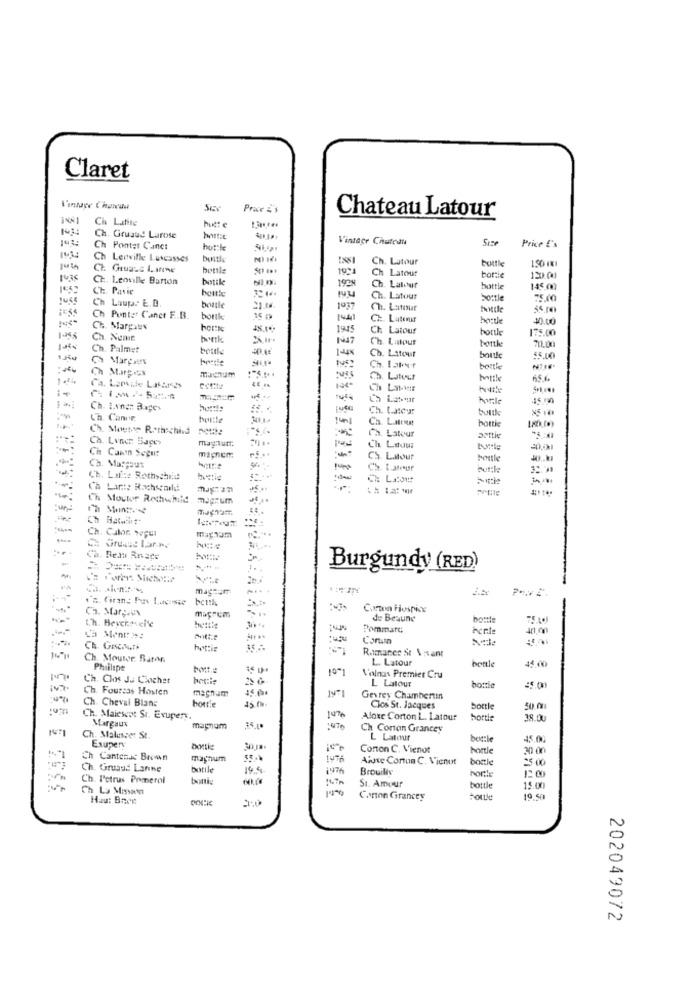
Claret
Prace &'s
Ch Latite
huet e
Chateau Latour
Ch
Gruaud Larose
Vintage Chuteuna
14%
Ch Pontet Canc:
hotele
Price E's
Ch Lenville Luteasses
Ch. Latour
150 ILL
CL
bottle
h Latour
CE. Lenville Barton
1929
boric
CT. Panie
h. Latour
bottle
145.00
Ch
Laupa. E.D.
Ch. Latour
bottle
75.00
poutle
55.mo
Ch Punte: Caner F .. B.
bortk
CA. Laterut
herte
Ch
. Marpaux
1945
Ch Latour
hortle
175.00
Ch. Nenie
burk
Ch
Ch. Latour
hortke
711.00
Ch. Palmet
bottle
1-45
Ch. Latour
bottle
55.00
Ch. Later
bottle
Ch Marpex
Ch. Latour
bottle
65.6
-
Latour
hvile
Ch. 1.vn:# Bages
Ch. Lateur
butik
Ch. Canor,
140g
Ca. Luitout
Ch. Mouton Rothschild
Ch. Lynch Bager
h. Latour
aettie
: Canin Segu:
mignem
h Laoui
20,0
5. L.Mtour
battle
Ch. Marcous
'S. L.ateur
Ch. Lafite Rothschild
-
Ch Lin :: Rachsearle
1h
Moutur Rechwhild
Ch Montese
Ch
Ch Hatart.
-
Ch. Calor wper
magnum
Ca. Real Rnace
Burgundy (RED)
-
.'s. Cirans Fus Lacoste
Ch. Maryi
Carton Hospice
t.h. Bevehavel'e
macrum
de Beaune
bottle
Pommard
L'a Ment: >=
Conun
het:is
R.imance St \;sant
Ch. Mouter. Sator
L. Latour
45.00
Philipe
bort.
10"
bettle
Ch. Clos J. Cachet
Volna Premier Cru
L Latour
147
Ch. Fourzas Hosten
magnum
bonie
Ch. Cheval Blanc
hottie
Gevrey Chambertin
Clos St. Jacques
bottle
Ch. Maiesco: St. Exupery.
Aloxe Corton L. Latour
Sortie
38.00
Margaux
magnum
Ch Corton Grancey
Ch. Maluseet St.
L Latour
bottle
45.00
Exupery
bortis
Conon C. Vienot
hortle
30 00
Ch Cantenac Breven
magnum
Aluxe Conton C. Vienot
boule
25 .00
Ch. Grusud Lanne
botile
1976
Brouilly
Porile
Ch. Petrus Pomerol
bottig
St. Amour
1200
Ch La Mission
bottle
15.00
Hau: Bree
DOCIE
Canon Grancey
19.50
202049072